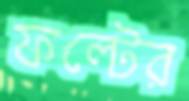
ফল্টের